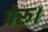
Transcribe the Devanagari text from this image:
पेरू।